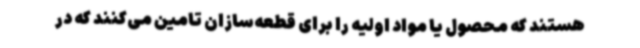
هستند که محصول یا مواد اولیه را برای قطعه‌سازان تامین می‌کنند که در